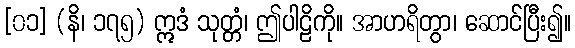
[၀၁] (နိ၊ ၁၇၅) ဣဒံ သုတ္တံ၊ ဤပါဠိကို။ အာဟရိတွာ၊ ဆောင်ပြီး၍။